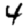
Digit: 4